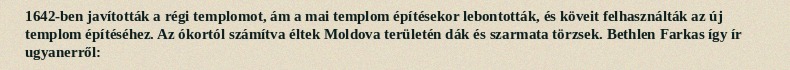
1642-ben javították a régi templomot, ám a mai templom építésekor lebontották, és köveit felhasználták az új templom építéséhez. Az ókortól számítva éltek Moldova területén dák és szarmata törzsek. Bethlen Farkas így ír ugyanerről: